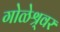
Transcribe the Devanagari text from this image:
गोळेश्र्वर